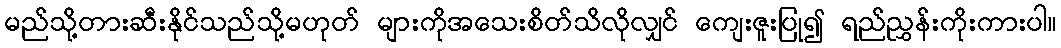
မည်သို့တားဆီးနိုင်သည်သို့မဟုတ် များကိုအသေးစိတ်သိလိုလျှင် ကျေးဇူးပြု၍ ရည်ညွှန်းကိုးကားပါ။